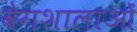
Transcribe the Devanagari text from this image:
वेगशालाओं